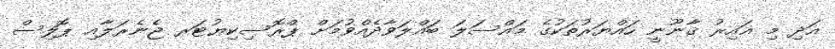
އަދި މި ޣައިރު ޤާނޫނީ ހައްޔަރުތަކުގެ މައްސަލަ ބައްލަވާދެއްވުމަށް ޕްރޮސިކިޔުޓަރ ޖެނެރަލާއި ޕޮލިސް